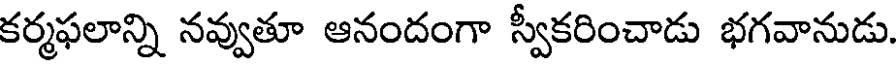
కర్మఫలాన్ని నవ్వుతూ ఆనందంగా స్వీకరించాడు భగవానుడు.